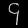
Digit: ၄